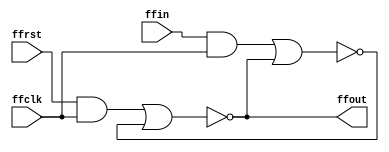
module FF(input ffin, input ffclk, input ffrst, output ffout);
	wire notout;
	assign ffout = !((ffrst & ffclk) | notout);
	assign notout = !((ffin & ffclk) | ffout);
endmodule